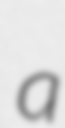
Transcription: a